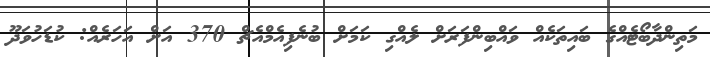
މަތިންދާބޯޓެއްގެ ބައިތަކެއް ވައްބިންފަރަށް ލެއްގި ކަމަށް ބުނެފިއެމްއެޗް 370 އަށް އަހަރެއް: ކުޑަހުވަދޫ